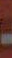
-